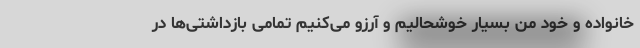
خانواده و خود من بسیار خوشحالیم و آرزو می‌کنیم تمامی بازداشتی‌ها در